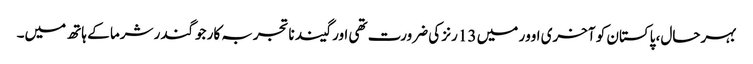
بہرحال، پاکستان کو آخری اوور میں 13 رنز کی ضرورت تھی اور گیند ناتجربہ کار جوگندر شرما کے ہاتھ میں۔